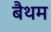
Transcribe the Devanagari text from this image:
बैथम